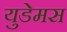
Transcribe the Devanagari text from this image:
युडेमस